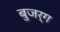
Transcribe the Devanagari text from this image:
बुजर्ग